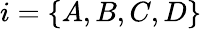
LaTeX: i=\{ A,B,C,D\}